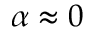
\alpha \approx 0